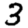
Digit: 3